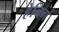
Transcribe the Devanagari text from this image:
हेनिग